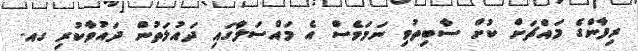
ރިފާންގެ މައްޗަށް ކުށް ސާބިތުވި ނަމަވެސް އެ މައްސަލާގައި ދައުލަތުން ދައުވާކުރި ގއ.